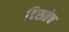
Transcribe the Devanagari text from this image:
दिसतेच